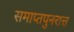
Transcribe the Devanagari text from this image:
समाप्तपुनरात्त